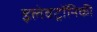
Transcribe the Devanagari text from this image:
इलेवट्रॉनिकी